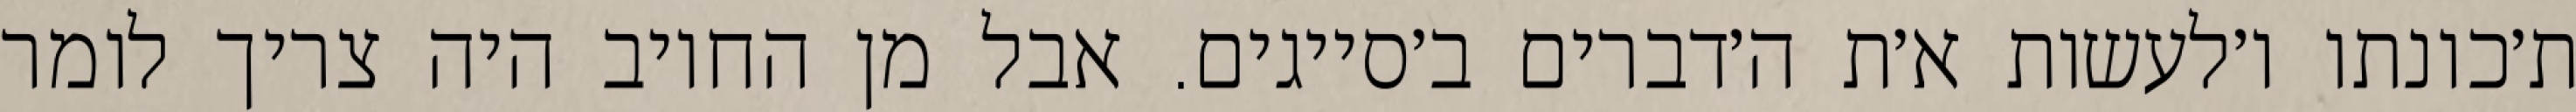
ת׳כונתו ו׳לעשות א׳ת ה׳דברים ב׳סייגים. אבל מן החיוב היה צריך לומר